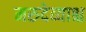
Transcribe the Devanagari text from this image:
मरुदेव्याश्च